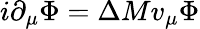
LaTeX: i\partial_{\mu}\Phi=\Delta Mv_{\mu}\Phi